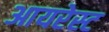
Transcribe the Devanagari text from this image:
आयरेस्ट